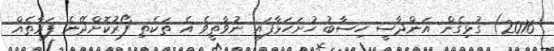
2016) ގުޅިގެން އަންދާސީ ހިސާބު ހުށަހަޅާފައި ނުވާތީވެ އެ ތަކެތި ފޯރުކޮށްދޭނެ ފަރާތެއް